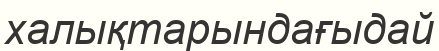
халықтарындағыдай